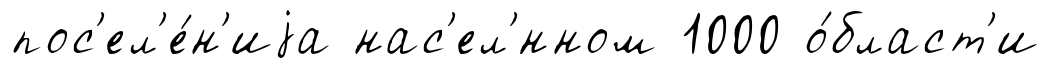
пос'ел'е́н'иjа нас'ел'́нном 1000 о́бласт'и